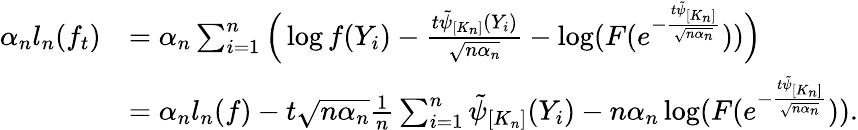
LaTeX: \begin{array}{rl}{\alpha_{n}l_{n}(f_{t})}&{=\alpha_{n}\sum_{i=1}^{n}\Big(\log f(Y_{i})-\frac{t\tilde{\psi}_{[K_{n}]}(Y_{i})}{\sqrt{n\alpha_{n}}}-\log(F(e^{-\frac{t\tilde{\psi}_{[K_{n}]}}{\sqrt{n\alpha_{n}}}}))\Big)}\\ &{=\alpha_{n}l_{n}(f)-t\sqrt{n\alpha_{n}}\frac{1}{n}\sum_{i=1}^{n}\tilde{\psi}_{[K_{n}]}(Y_{i})-n\alpha_{n}\log(F(e^{-\frac{t\tilde{\psi}_{[K_{n}]}}{\sqrt{n\alpha_{n}}}})).}\end{array}